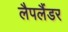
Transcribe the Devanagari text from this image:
लैपलैंडर